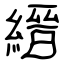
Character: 縉